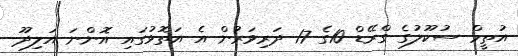
އުތީމް ސުކޫލުގެ ގްރޭޑް 10ގެ 17 ދަރިވަރުން އެ އަތޮޅުގައި އޮންނަ އަލިދޫ